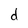
Character: d